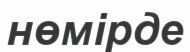
нөмірде